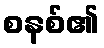
စနစ်၏